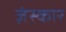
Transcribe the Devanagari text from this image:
ज़ंस्कार